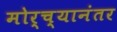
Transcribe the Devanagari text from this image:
मोर्च्यानंतर